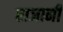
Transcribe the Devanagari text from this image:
राजानी